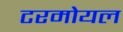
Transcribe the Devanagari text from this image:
टरमोयल